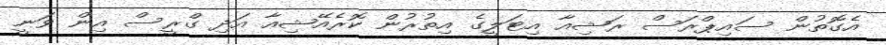
އެގޮތުން ސައިޕްރަސް ރަޝިއާ އިޓަލީގެ އިތުރުން ކޮރެއޭޝިއާ އަދި ގްރީސް އިން ވަނީ